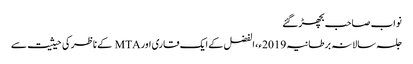
نواب صاحب بچھڑ گئے
جلسہ سالانہ برطانیہ 2019ء، الفضل کے ایک قاری اور MTA کے ناظر کی حیثیت سے